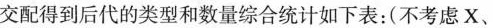
交配得到后代的类型和数量综合统计如下表：(不考虑X、